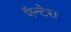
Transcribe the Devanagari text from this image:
पैन्टेरा